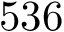
5 3 6